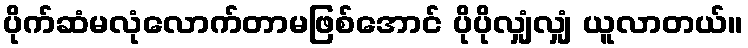
ပိုက်ဆံမလုံလောက်တာမဖြစ်အောင် ပိုပိုလျှံလျှံ ယူလာတယ်။